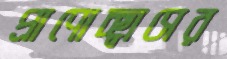
প্রাণোচ্ছ্বাসের